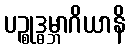
ပဉ္စုဒ္ဓမ္ဘာဂိယာနိ